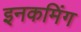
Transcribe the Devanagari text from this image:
इनकमिंग